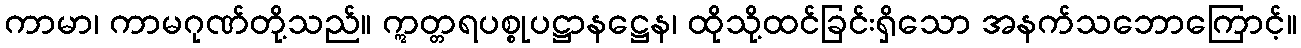
ကာမာ၊ ကာမဂုဏ်တို့သည်။ ဣတ္တရပစ္စုပဋ္ဌာနဋ္ဌေန၊ ထိုသို့ထင်ခြင်းရှိသော အနက်သဘောကြောင့်။